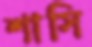
শাসি